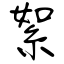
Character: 絮